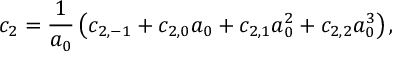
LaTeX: c _ { 2 } = \frac { 1 } { a _ { 0 } } \left( c _ { 2 , - 1 } + c _ { 2 , 0 } a _ { 0 } + c _ { 2 , 1 } a _ { 0 } ^ { 2 } + c _ { 2 , 2 } a _ { 0 } ^ { 3 } \right) ,